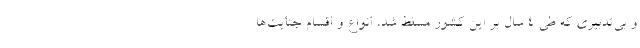
و بی‌تدبیری که طی 4 سال بر این کشور مسلط شد، انواع و اقسام جنایت‌ها